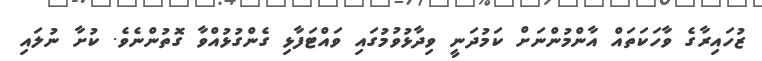
ޒުހައިރާގެ ވާހަކަތައް އާންމުންނަށް ކަމުދަނީ ވިދާޅުވުމުގައި ވައްޓަފާޅި ގެންގުޅުއްވާ ގޮތުންނެވެ. ކުށާ ނުލައި